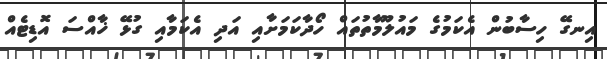
އިނގޭ ހިސާބުން އެކަމުގެ މައުލޫމާތުތައް ހޯދާކަމަށާއި އަދި އެކަމާއި ގުޅޭ ޚާއްސަ އޮޑިޓެއް